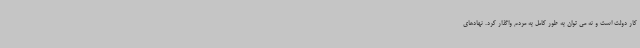
کار دولت است و نه می توان به طور کامل به مردم واگذار کرد. نهادهای